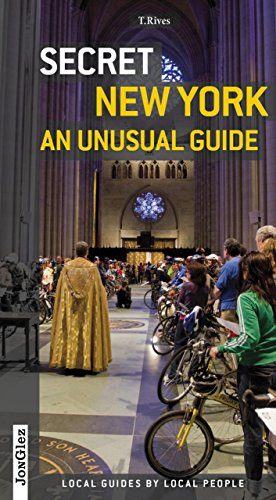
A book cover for Secret New York - An Unusual Guide: Local Guides By Local People; T. M. Rives; Travel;